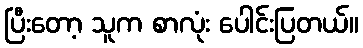
ပြီးတော့ သူက စာလုံး ပေါင်းပြတယ်။